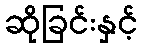
ဆိုခြင်းနှင့်